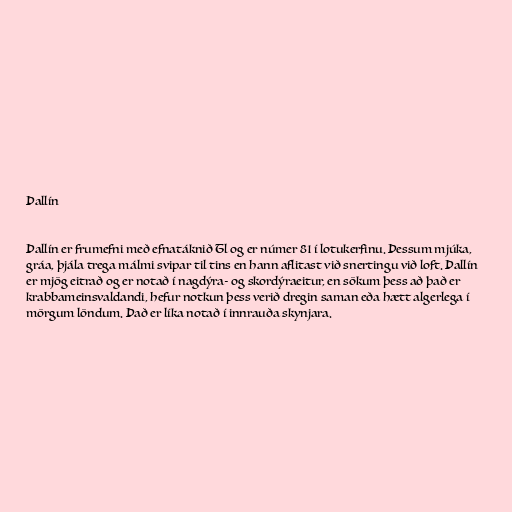
Þallín

Þallín er frumefni með efnatáknið Tl og er númer 81 í lotukerfinu. Þessum mjúka,
gráa, þjála trega málmi svipar til tins en hann aflitast við snertingu við loft. Þallín
er mjög eitrað og er notað í nagdýra- og skordýraeitur, en sökum þess að það er
krabbameinsvaldandi, hefur notkun þess verið dregin saman eða hætt algerlega í
mörgum löndum. Það er líka notað í innrauða skynjara.